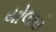
યોલાહ